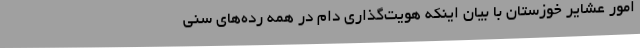
امور عشایر خوزستان با بیان اینکه هویت‌گذاری دام در همه رده‌های سنی